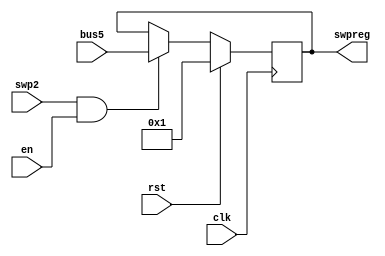
module R14(swpreg,bus5,en,rst,swp2,clk
    );
input en,rst,swp2;
input clk;
input [17:0] bus5;
output [17:0] swpreg;

reg [17:0] swpreg=18'd1;

always @ (negedge clk) begin
	if (rst)
		swpreg<=18'd1;

	else if (swp2 & en)
	swpreg<= bus5;

end
		
endmodule